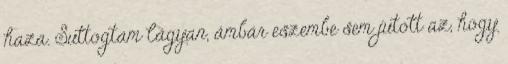
haza. Suttogtam lágyan, ámbár eszembe sem jutott az, hogy